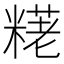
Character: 𫃊